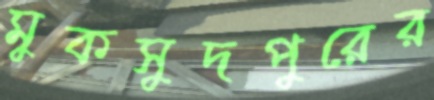
মুকসুদপুরের